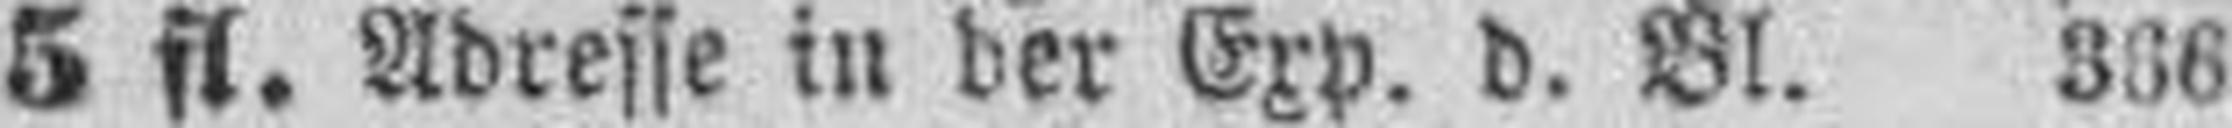
5 fl. Adresse in der Exp. d. Bl. 366